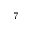
^ { 7 }